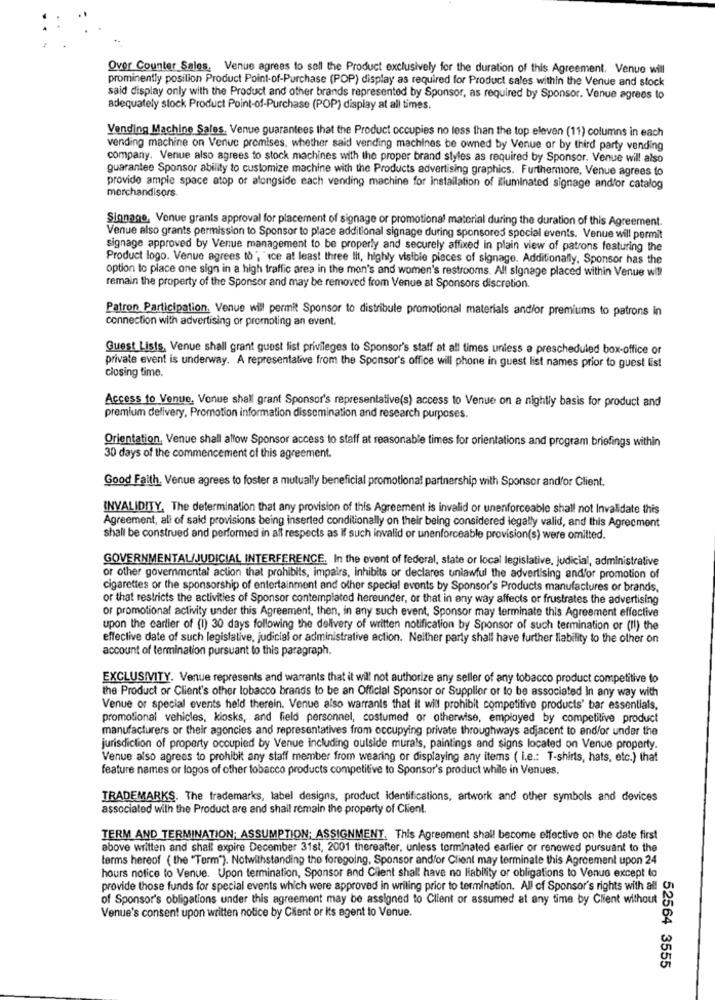
Qvor Counter Sales, Venue agrees to soll the Product exclusively for the duration of this Agreement. Venue will
prominently posilion Product Point-of-Purchase (POP) display as required for Product sales within the Venue and stock
said display only with the Product and other brands represented by Sponsor, as required by Sponsor. Venue agrees to
adequately stock Product Point-of-Purchase (POP) display at all times.
Vending Machine Sales, Venue guarantees that the Product occupies no less than the top eleven (11) columns in each
vending machine on Venue premises, whether said vending machines be owned by Venue or by third party vending
company. Venue also agrees to stock machines with the proper brand styles as required by Sponsor. Venue will also
guarantee Sponsor ability to customize machine with the Products advertising graphics. Furthermore, Venue agrees to
provide ample space atop of alongside each vending machine for installation of Illuminated signage andfor catalog
merchandisors.
Signage, Venue grants approval for placement of signage or promotional material during the duration of this Agreement.
Venue also grants permission to Sponsor to place additional signage during sponsored special events. Venue will permit
signage approved by Venue management to be properly and securely affixed in plain view of patrons featuring the
Product logo. Venue agrees to", "ice at least three lit, highly visible pieces of signage. Additionally, Sponsor has the
option to place one sign in a high traffic area in the men's and women's restrooms. All signage placed within Venue will
remain the property of the Sponsor and may be removed from Venue at Sponsors discretion.
Patron Participation. Venue will permit Sponsor to distribute promotional materials and/or premiums to patrons in
connection with advertising or promoting an event.
Guest Lists, Venue shall grant guest list privileges to Sponsor's staff at all times unless a prescheduled box-office or
private event is underway. A representative from the Sponsor's office will phone in guest list names prior to guest list
closing time.
Access to Venue. Vonue shall grant Sponsor's representative(s) access to Venue on a nightly basis for product and
premium delivery, Promotion information dissemination and research purposes.
Orientation. Venue shall allow Sponsor access to staff at reasonable times for orientations and program briefings within
30 days of the commencement of this agreement.
Good Faith. Venue agrees to foster a mutually beneficial promotional partnership with Sponsor andfor Client.
INVALIDITY, The determination that any provision of this Agreement is invalid or unenforceable shall not Invalidate this
Agreement, all of said provisions being inserted conditionally on their being considered legally valid, and this Agreement
shall be construed and performed in all respects as If such invalid or unenforceable provision(s) were omitted.
GOVERNMENTAL/JUDICIAL INTERFERENCE. In the event of federal, state or local legislative, Judicial, administrative
or other governmental action that prohibits, impairs, inhibits or declares unlawful the advertising and/or promotion of
cigarettes or the sponsorship of entertainment and other special events by Sponsor's Products manufactures or brands,
or that restricts the activities of Sponsor contemplated hereunder, or that in any way affects or frustrates the advertising
or promotional activity under this Agreement, then, in any such event, Sponsor may terminate this Agreement effective
upon the earlier of (i) 30 days following the delivery of written notification by Sponsor of such termination or (II) the
effective date of such legislative, judicial or administrative action. Neither party shall have further Ilability to the other on
account of termination pursuant to this paragraph.
EXCLUSIVITY. Venue represents and warrants that it will not authorize any seller of any tobacco product competitive to
the Product or Client's other tobacco brands to be an Official Sponsor or Supplier or to be associated In any way with
Venue or special events held therein. Venue also warrants that it will prohibit competitive products' bar essentials,
promotional vehicles, kiosks, and field personnel, costumed or otherwise, employed by competitive product
manufacturers or their agoncies and representatives from occupying private throughways adjacent to and/or under the
jurisdiction of property occupied by Venue including outside murals, paintings and signs located on Venue property.
Venue also agrees to prohibit any staff member from wearing or displaying any items ( i.e .: T-shirts, hats, etc.) that
feature names or logos of other tobacco products competitive to Sponsor's product while in Venues.
TRADEMARKS. The trademarks, label designs, product identifications, artwork and other symbols and devices
associated with the Product are and shall remain the property of Client.
TERM AND TERMINATION; ASSUMPTION; ASSIGNMENT. This Agreement shall become effective on the date first
above written and shall expire December 31st, 2001 thereafter, unless terminated earlier or renewed pursuant to the
terms hereof ( the "Term"). Notwithstanding the foregoing, Sponsor and/or Client may terminate this Agreement upon 24
hours notice to Venue. Upon termination, Sponsor and Client shall have no liability or obligations to Venue except to
provide those funds for special events which were approved in writing prior to termination. All of Sponsor's rights with all
of Sponsor's obligations under this agreement may be assigned to Client or assumed at any time by Client without
Venue's consent upon written notice by Client or Its agent to Venue.
52564 3555